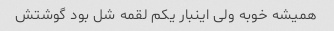
همیشه خوبه ولی اینبار یکم لقمه شل بود گوشتش